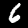
Digit: 6